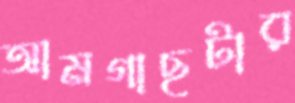
আমগাছটার